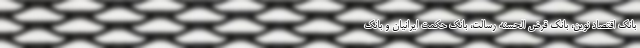
بانک اقتصاد نوین، بانک قرض الحسنه رسالت، بانک حکمت ایرانیان و بانک